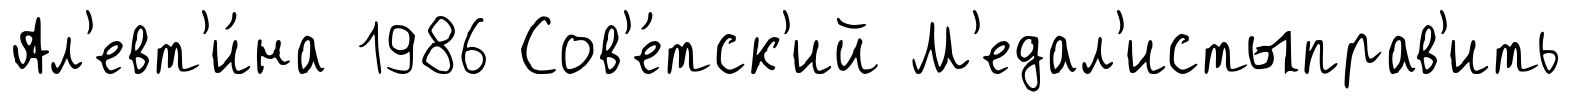
Ал'евт'и́на 1986 Сов'е́тск'ий М'едал'истыправ'ить